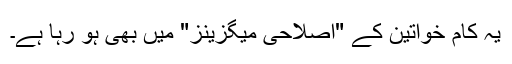
یہ کام خواتین کے "اصلاحی میگزینز" میں بھی ہو رہا ہے۔